Kassari_(Keina)_vallavalitsus, lk 18
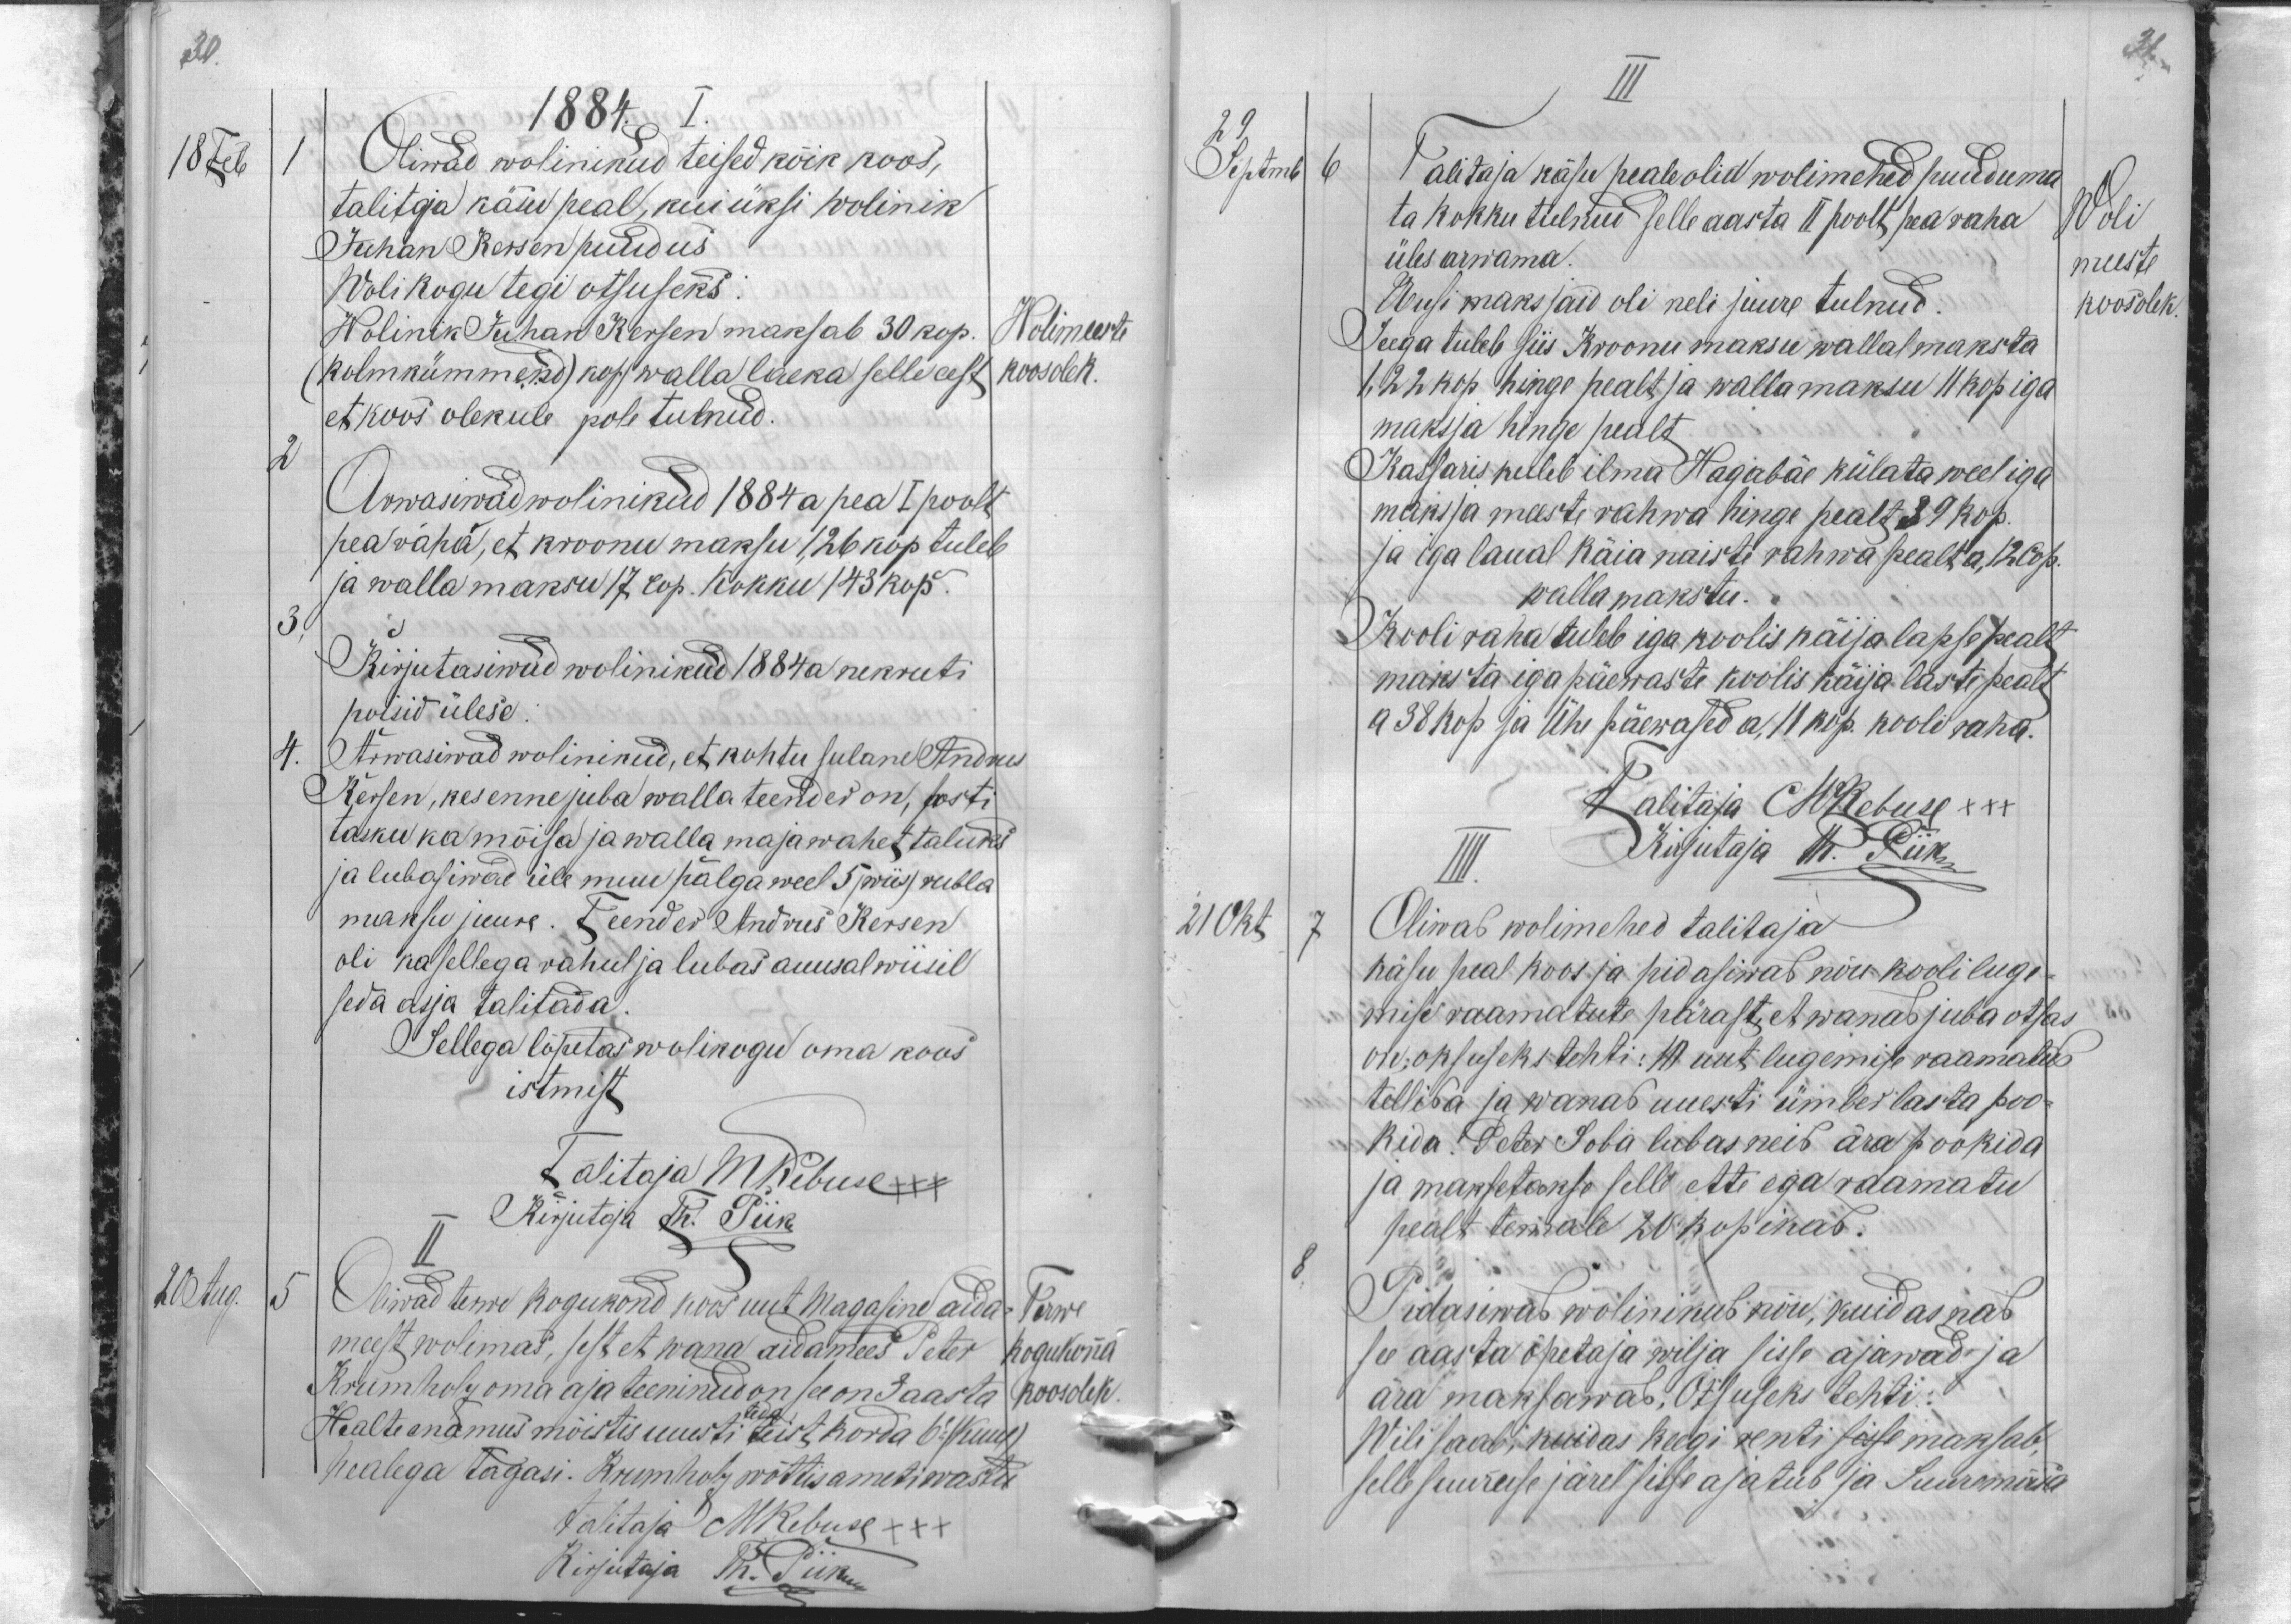
30.
1884
18 Feb
1
Oliwad wolinikud teised kõik koos,
talitaja käsu peal, kui üksi wolinik
Juhan Kersen puudus
Wolikogu tegi otsuseks:
Wolinik Juhan Kersen maksab 30 kop.
Wolimeeste
(kolmkümmend) kop walla laeka selle eest koosolek
koosolek
et koos olekule pole tulnud.
2
Arwasiwad wolinikud 1884 a pea I poolt
pea raha, et kroonu maksu 1,26 kop tuleb
ja walla maksu 17 cop. Kokku 143 kop.
3
Kirjutasiwad wolinikud 1884 a nekruti
poisid ülese.
4.
Arwasiwad wolinikud, et kohtu sulane Andres
Kersen, kes enne juba walla teender on, posti
tasku ka mõisa ja walla maja wahet taluks
ja lubasiwad üle muu palga weel 5 (wiis) rubla
maksu juure. Teender Andrus Kersen
oli ka sellega rahul ja lubas auusal wiisil
seda asja talitada.
Sellega lõpetas wolikogu oma koos
istmist
Talitaja MRebuse +++
Kirjutaja Th. Piik
20 Aug.
5
Oliwad terwe kogukond koos uut Magasine aida-
Terwe
meest wolimas, sest et wana aidamees Peter
kogukonna
Krumholz oma aja teeninud on see on 3 aasta
koosolek
Healte enamus mõistis uuesti teda teist korda 6e (kuue)
healega tagasi. Krumholz wõttis ameti wastu
talitaja MRebuse XXX
Kirjutaja Th. Piik

31.
III
29
Septemb
6
Talitaja käsu peale olid wolimehed puuduma
ta kokku tulnud selle aasta II poolt, pea raha
Woli
üles arwama.
meeste
Uusi maksjaid oli neli juure tulnud
koosolek
Seega tuleb siis Kroonu maksu wallal maksta
1,22 kop hinge pealt, ja walla maksu 11 kop iga
maksja hinge pealt.
Kassaris kuleb ilma Hagabäe külata weel iga
maksja meeste rahwa hinge pealt 39 kop.
ja iga laual käia naisti rahwa pealta a 12 Cop.
walla makstu.
Kooli raha tuleb iga koolis käija lapse pealt
maksta iga päewaste koolis käija laste pealt
a 38 kop ja Ühe päewased a, 11 kop. kooli raha.
Talitaja MRebuse XXX
KirjutajaTh. Piik
21 Okt
7
Oliwad wolimehed talitaja
käsu peal koos ja pidasiwad nõu kooli luge-
mise raamatute pärast, et wanad juba otsas
on, otsuseks tehti: 10 uut lugemise raamatud
tellida ja wanad uuesti ümberlasta poo-
kida. Peter Soha lubas neid ära pookida
ja maksetakse selle ette ega raamatu
pealt temale 20 kopikad.
8.
Pidasiwad wolinikud nõu, kuidas nad
se aasta õpetaja wilja sisse ajawad ja
ära maksawad. Otsuseks tehti:
Wili saab, kuidas keegi renti sisse maksab,
selle suuruse järel sisse ajatud ja Suuremõisa